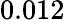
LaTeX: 0.012